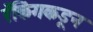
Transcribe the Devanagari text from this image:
रँकिंगकडून